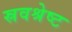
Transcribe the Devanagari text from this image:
स्रवश्रेष्ट